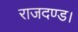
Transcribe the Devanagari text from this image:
राजदण्ड।